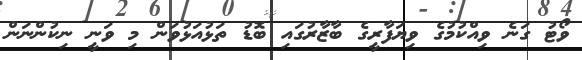
ވޯޓު ގަނެ ވިއްކުމުގެ ވިޔަފާރީގެ ބާޒާރުގައި ބޮޑު ތަޅުއަޅުވަން މި ވަނީ ނިކުންނަން